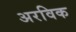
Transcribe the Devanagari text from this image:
अरविक